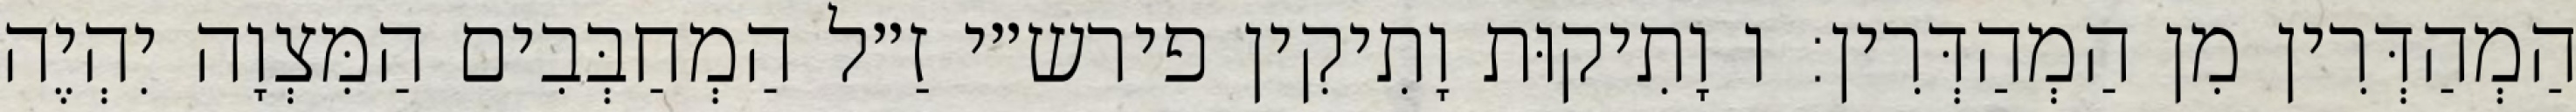
הַמְהַדְּרִין מִן הַמְהַדְּרִין: ו וָתִיקוּת וָתִיקִין פירש״י זַ״ל הַמְחַבְּבִים הַמִּצְוָה יִהְיֶה